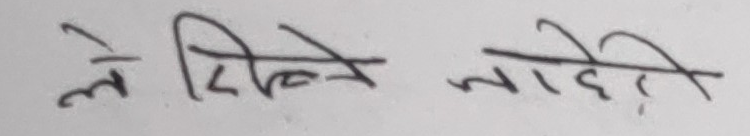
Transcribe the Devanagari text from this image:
लेखिने जादी